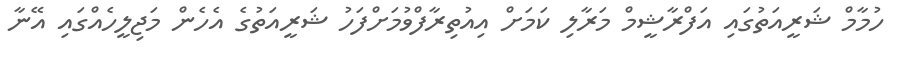
ހުމާމް ޝަރީއަތުގައި އަފްރާޝީމް މަރާލި ކަމަށް އިއުތިރާފްވުމަށްފަހު ޝަރީއަތުގެ އެހެން މަޖިލީހެއްގައި އޭނާ